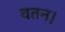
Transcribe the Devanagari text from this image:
वतन।